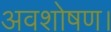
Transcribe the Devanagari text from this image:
अवशोषण।